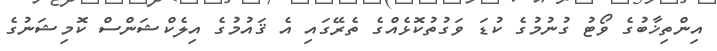
އިންތިޚާބުގެ ވޯޓު ގުނުމުގެ ކުޑަ ވަގުތުކޮޅެއްގެ ތެރޭގައި އެ ޤައުމުގެ އިލެކްޝަންސް ކޮމިޝަނުގެ